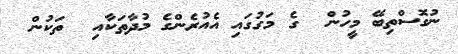
ނުގޮސްތިބޭ މީހުން  ގެ މަގުގައި އެއުރެންގެ މުދާތަކާއި  ތަކުން